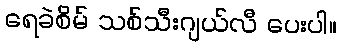
ရေခဲစိမ် သစ်သီးဂျယ်လီ ပေးပါ။